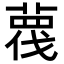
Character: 𦹋